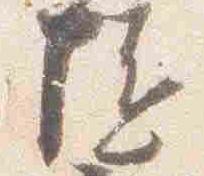
随